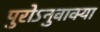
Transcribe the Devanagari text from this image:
पुरोऽनुवाक्या